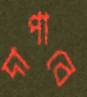
দাপাবে